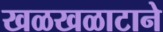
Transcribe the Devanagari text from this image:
खळखळाटाने